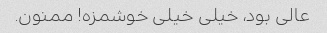
عالی بود، خیلی خیلی خوشمزه! ممنون.